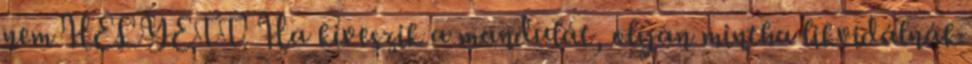
nem HELYETT. Ha kiveszik a mandulát, olyan mintha likvidálnák